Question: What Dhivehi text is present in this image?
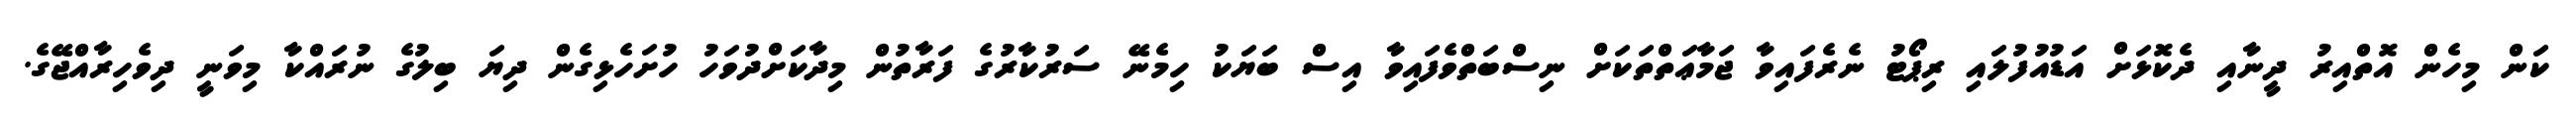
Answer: ކަން މިހެން އޮތްއިރު ދީނާއި ދެކޮޅަށް އަޑުއުފުލައި ރިޕޯޓު ނެރެފައިވާ ޖަމާޢަތްތަކަށް ނިސްބަތްވެފައިވާ އިސް ބަޔަކު ހިމެނޭ ސަރުކާރުގެ ފަރާތުން މިދާކަށްދުވަހު ހުށަހެޅިގެން ދިޔަ ބިލުގެ ނުރައްކާ މިވަނީ ދިވެހިރާއްޖޭގެ.